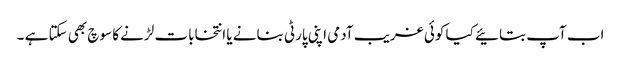
اب آپ بتائیے کیا کوئی غریب آدمی اپنی پارٹی بنانے یا انتخابات لڑنے کا سوچ بھی سکتا ہے ۔